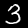
Digit: 3